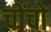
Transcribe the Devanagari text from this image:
चोंचो